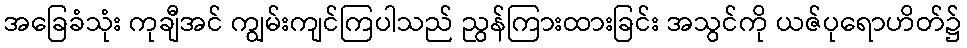
အခြေခံသုံး ကုချီအင် ကျွမ်းကျင်ကြပါသည် ညွန်ကြားထားခြင်း အသွင်ကို ယဇ်ပုရောဟိတ်၌